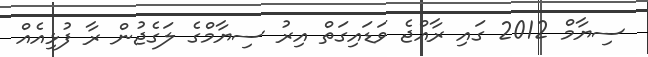
ސިޔާމް 2012 ގައި ރާއްޖެ ވަޑައިގަތް އިރު ސިޔާމްގެ ލަގެޖުން ރާ ފުޅިއެއް